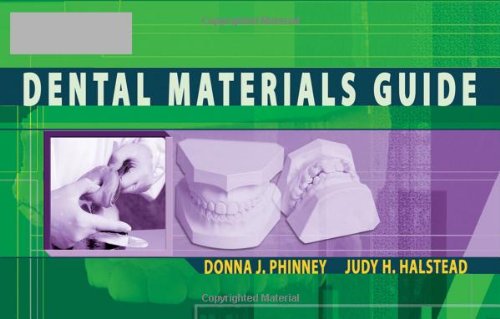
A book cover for Delmar's Dental Materials Guide; Donna J. Phinney; Medical Books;